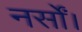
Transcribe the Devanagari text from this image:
नर्सों।